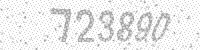
Solution: 723890